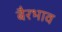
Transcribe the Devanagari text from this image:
बैरभाव